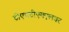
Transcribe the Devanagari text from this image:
डीएचटीएमएलवर